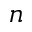
n